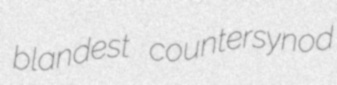
blandest countersynod